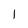
Character: 1